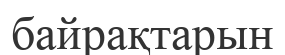
байрақтарын